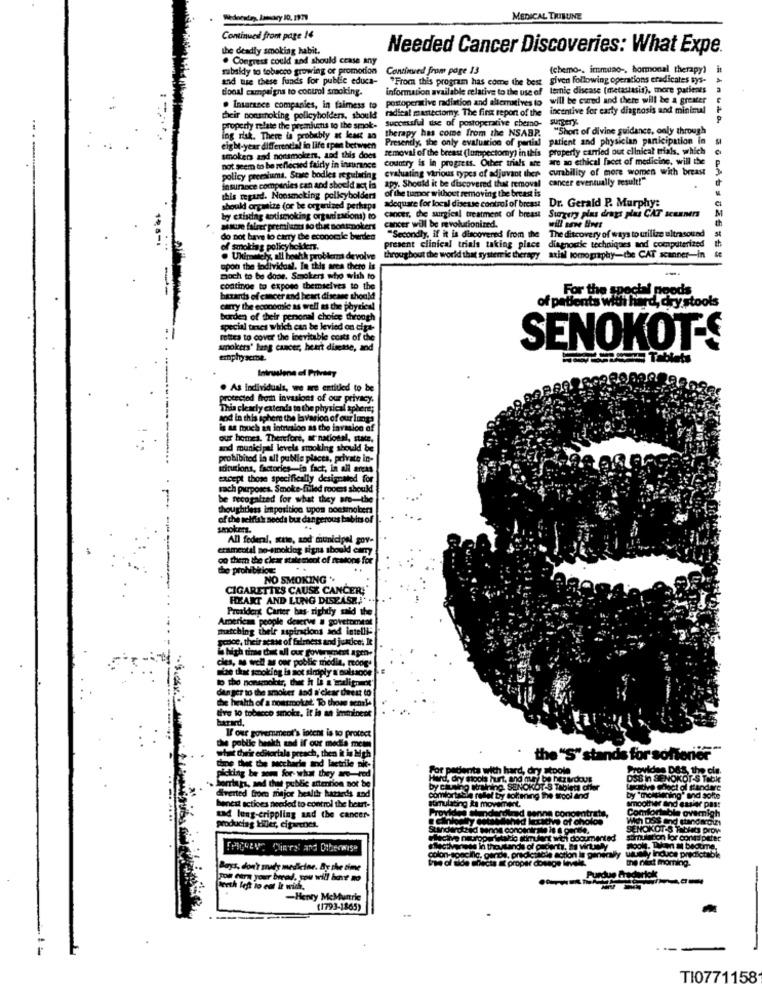
MEDICAL TRIBUNE
Continued from page 14
the deadly smoking habit.
Needed Cancer Discoveries: What Expe.
. Congress could and should ccase any
subsidy to tobacco growing or promotion
Continued From page 13
(chemo -. immuno -, hormonal therapy)
and use these funds for public educa-
"From this program has come the best
given following operations eradicates sys-
tional campaigns to control smoking.
information available relative to the use of terie discase (metastasis), more patients
will be cured and there will be & greater
. Insurance companies, in faimess to
radical mastectomy. The first report of the
incentive for early diagnosis and minimal
their nonsmoking policyholders, should
Successful use of postoperative chemo-
property relate the premiumtis to the smok-
therapy has come from the NSABP.
"Short of divine guidance, only through
ing ruk. There is probably at kast ao
Presently, the only evaluation of partial patient and physician participation in
eight-year differtodal in life span between
removal of the breast (lumpectomy) in this
property carried out clinical trials, which
smokers and nonsmoker, and this does
country is in progress. Other trials are
are ao ethical facet of medicine, will the
not seem to be reflected fairly in insurance
evaluating various types of adjuvant ther
curability of more women with breast
policy premiuma. Stue bodies res
apy. Should it be discovered that removal cancer eventually sesult!"
insurance companies can and should act in
this regard. Nonsmoking policyholders of the tumor without removing the breast is
Dr. Gerald P. Murphy:
should organize (or be organized perhaps
adequate for local disease control of breast
Surgery plus drays plas CAT scanners
by existag antismoking organizations) to
cancer, the surgical treatment of breast
will one liner
assure fairer premianus so that nonsmokers
cancer will be revolutionized.
The discovery of ways to utilize ultrasound
do not have to carry the econocile berdes
"Secondly, if it is discovered from the
of smoking policyholders.
present clinical trials taking place diagnostic techniques and computerized
. Uhimmely, all health problems devolve
throughout the world that systemric therapy
axial tomography-the CAT scanner-in
opon the lodividual. In this area thero is
hoch to be door. Smokers who wish to
coatings to expose themselves to the
For the special needs
hazards of cancer and heart disease should
of patients widi hard, dry
carry the economic as well as the physical
burden of their personal choice through
special traci which can be levied on cipa-
routes to cover the inevitable costs of the
smokers' lang cancer, heart disease, and
SENOKOT-S
emphy semne.
Intruslene el PrivMay
. As individuals, we are entitled to be
protected from invasions of our privacy.
This clearly extends to the physical sphere;
and in this sphere the la varion of our lunga
is as mouch an intrinion as the invasion of
our homes. Therefore, a national, stutz,
and municipal levels smoking should be
prohibited in all public places, private in-
stitucions, factories-in fact, in all areas
except those specifically designated for
sach purposes. Smoke-filed roocss should
be recogalted for what they are-the
be nec
thoughtless imposition tipos poesmokers
of the selfish seeds bur dangerous babies of
smokers.
All fedenl, sttte, sad municipal gov-
eramental no-smoking signa sbould camy
on them the clear statement of reasons for
the prohibition
..
NO SMOKING "
CIGARETTES CAUSE CANCER
HEART AND LUNG DISEASE!'
Prealdent Carter bas- rightly said the
American people deserve . government
matching their aspincions and intelli-
peace, their acase of fairness and justice; It
high time det all our government apen-
cies, as well as our poblic modin, moog"
mise that smoking is not simply & oulsaode
dan ger to the smoker and a clear deest to
the health of a nousmokat. To those sensle
tive to tobacco smoke. it is an imminent
If our government's latent is to protect
the poblic health and if our media men
why dwir editorials preach, then it is high
thoe the the saccharin and laetrile nie-
the "S" stands for softener
picking be som for what they are-ved
For patients with hard, dry stpole
Provides DBS, the cie.
Sorriags, and that public attention not be
Hard, dry tools hurt, and mury be hezudove
SENOKOT-S Table
diverted from major health karteds and
by ciuning wralning. SENOKOT-S Tablett offer
stimulating ka movement.
comfortable rellel by soltening the arcol and
by "mokthening" and solte
beneal actices needed to control the heart-
Provided stand
dred senne concentrate,
Comfortable ovemigh
smoother and easier pas!
Comfortable ovemigh
and lung-crippling and the cancer-
whad lecache of cholos
OSS and standwoiz
productag Hller, cigarettes.
SENOKOT'S Tablets prow
Ictive neroportstadio stimulant with documented
Somnulation for conad paret
[PICGAVE Cieral and Otherwise
unjady Induce predictable
Root. Themn M beourTe,
colon-specific, garde, predictable action in generwy
tree al side effects a proper dosage levels
the next moming.
Boys, don't sudy medicine. By the time
undue Frederick
mon Gera your bread, you will have no
teeth left to cut It wich.
-Henty MeMunrie
(1793-1865)
TI0771158